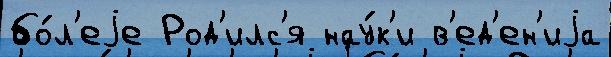
бо́л'еjе Род'илс'я нау́к'и в'ед'ен'иjа